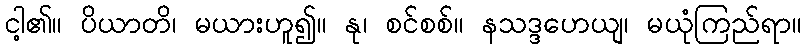
ငါ့၏။ ပိယာတိ၊ မယားဟူ၍။ နု၊ စင်စစ်။ နသဒ္ဒဟေယျ၊ မယုံကြည်ရာ။